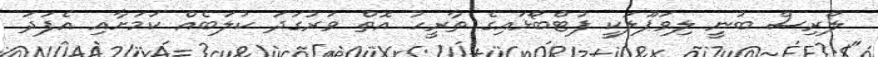
ލޯރިސް ބުނީ ލިވަޕޫލަކީ ފުޓްބޯޅައިގެ ތާރީހު އޮތް ވަރުގަދަ ކުލަބެއް ކަމަށާއި އެފަދަ